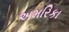
અમરિકા